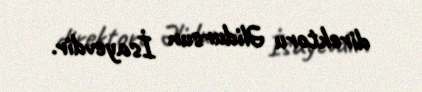
direktoru Əlidursun İsayevdir.